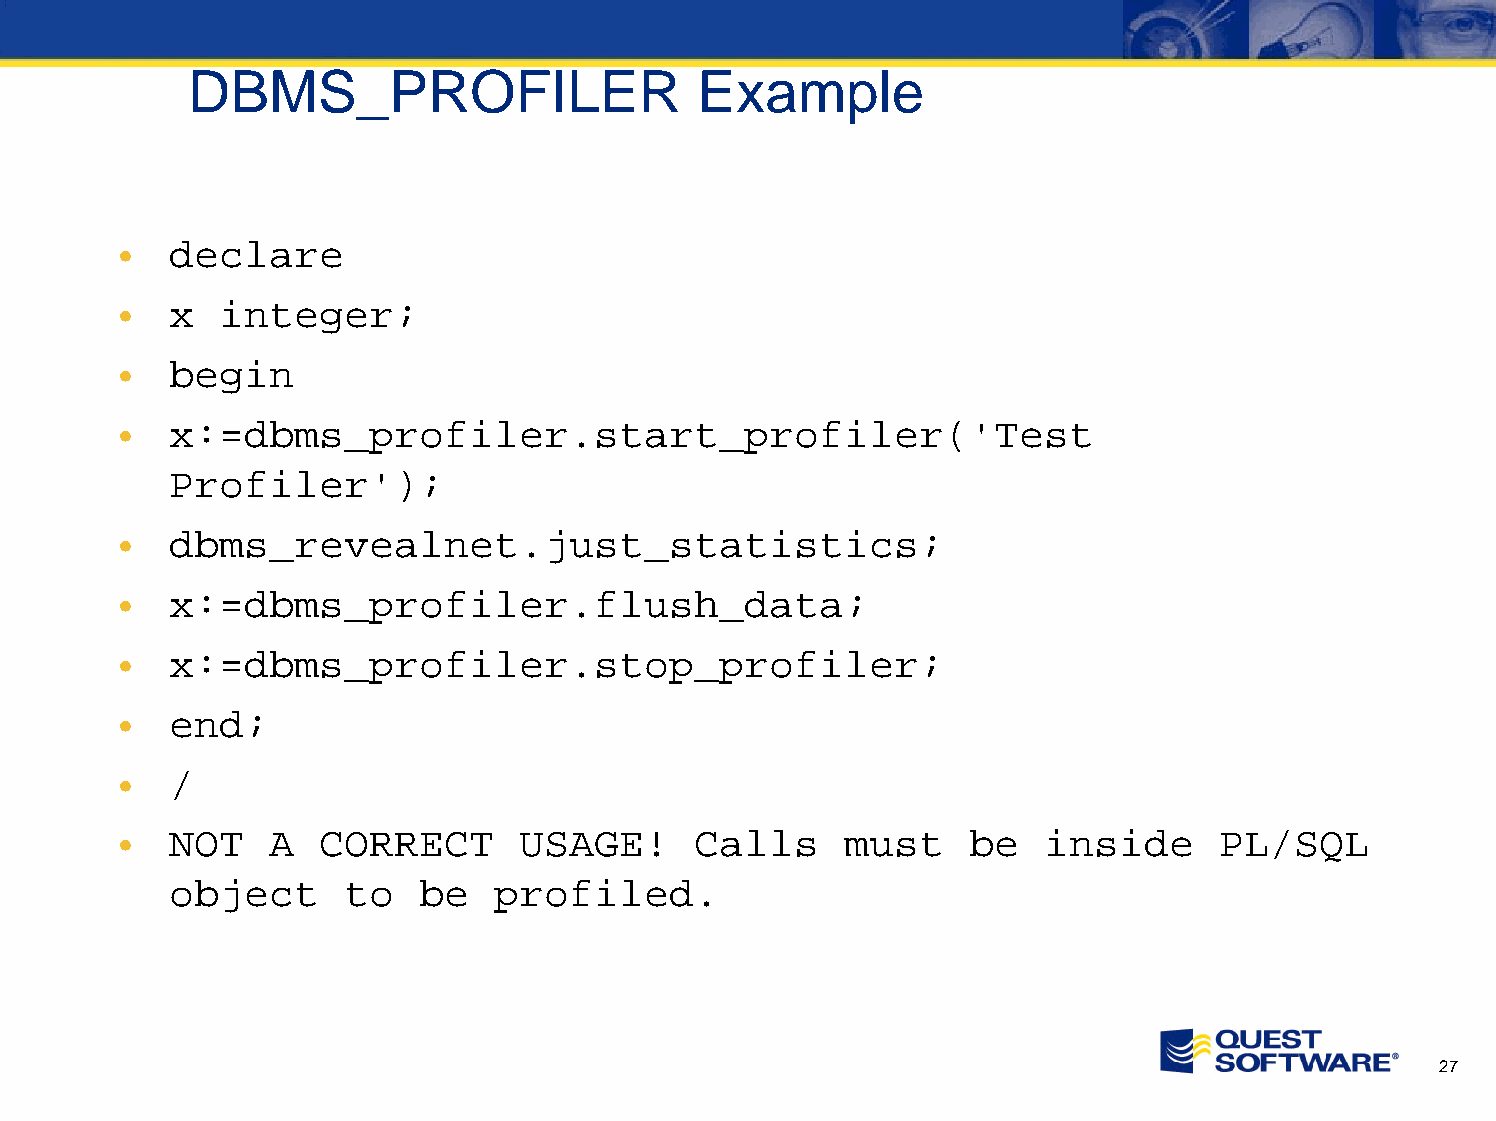
DBMS_PROFILER                    Example
 •  declare
 •  x   integer;
 •  begin
 •  x:=dbms_profiler.start_profiler('Test
 Profiler');
 •  dbms_revealnet.just_statistics;
 •  x:=dbms_profiler.flush_data;
 •  x:=dbms_profiler.stop_profiler;
 •  end;
 •  /
 •  NOT    A  CORRECT      USAGE!      Calls     must    be   inside      PL/SQL
 object      to   be   profiled.
 27